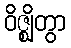
ဝိဇ္ဈိတွာ